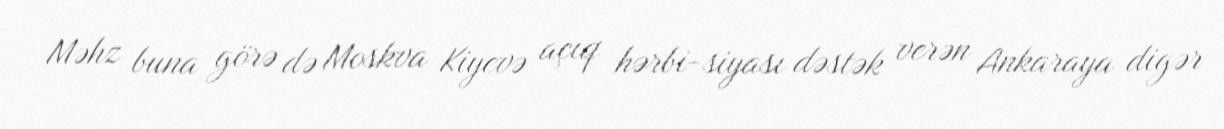
Məhz buna görə də Moskva Kiyevə açıq hərbi-siyası dəstək verən Ankaraya digər